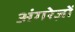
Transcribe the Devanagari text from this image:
अंगरेज़ों